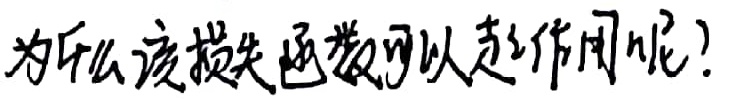
为什么该损失函数可以起作用呢？